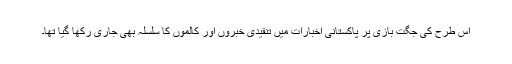
اس طرح کی جگت بازی پر پاکستانی اخبارات میں تنقیدی خبروں اور کالموں کا سلسلہ بھی جاری رکھا گیا تھا۔